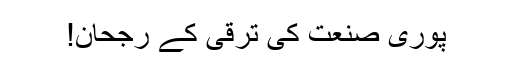
پوری صنعت کی ترقی کے رجحان!